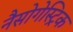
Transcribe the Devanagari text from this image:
नैसोगेस्ट्रिक